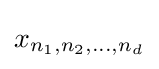
x_{n_{1},n_{2},\dots ,n_{d}}